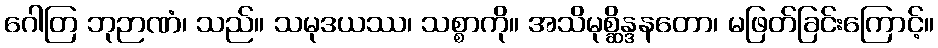
ဂေါတြ ဘုဉာဏံ၊ သည်။ သမုဒယဿ၊ သစ္စာကို။ အသိမုစ္ဆိန္ဒနတော၊ မဖြတ်ခြင်းကြောင့်။